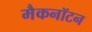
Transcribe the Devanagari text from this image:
मैकनॉटन